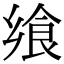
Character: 飨